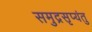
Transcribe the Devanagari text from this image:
समुद्रसृप्यंतु